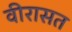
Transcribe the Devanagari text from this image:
वीरासत